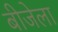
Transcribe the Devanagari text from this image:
बीजेला